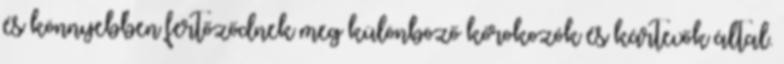
és könnyebben fertőződnek meg különböző kórokozók és kártevők által.